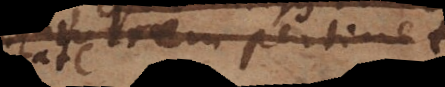
salvatorem pertinet